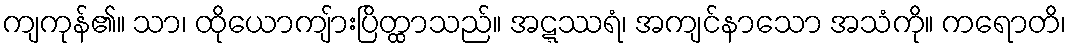
ကျကုန်၏။ သာ၊ ထိုယောကျ်ားပြိတ္ထာသည်။ အဋ္ဋဿရံ၊ အကျင်နာသော အသံကို။ ကရောတိ၊